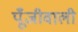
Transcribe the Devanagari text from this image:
पूँजीवाली